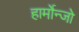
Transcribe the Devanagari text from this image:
हार्मोन्जो